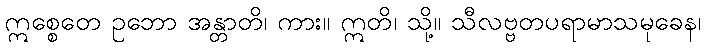
ဣစ္စေတေ ဥဘော အန္တာတိ၊ ကား။ ဣတိ၊ သို့။ သီလဗ္ဗတပရာမာသမုခေန၊